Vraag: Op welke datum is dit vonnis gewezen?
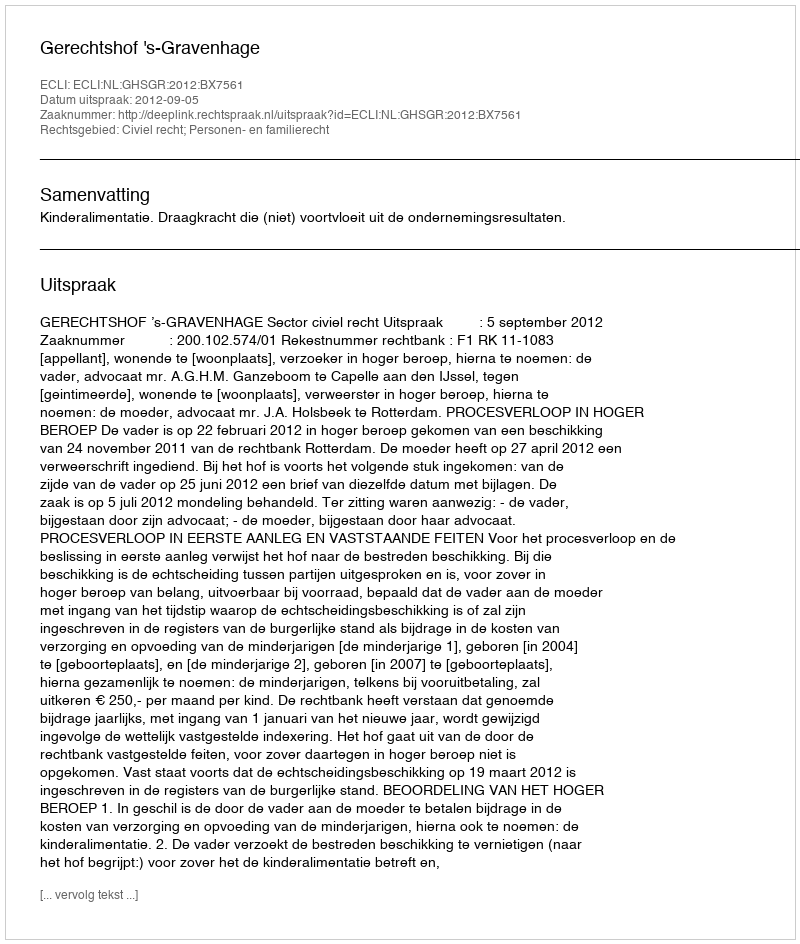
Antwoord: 2012-09-05